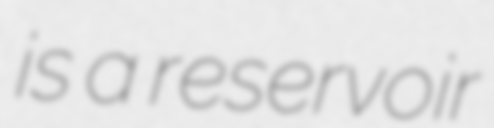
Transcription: is a reservoir